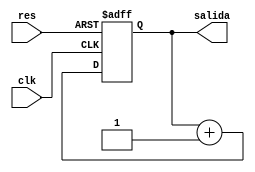
module contador_res_as (
    input res,clk,
    output reg [7:0]salida = 8'b0
);

    always @(posedge clk, posedge res) begin
        if (res) begin
            salida<=8'b0;
        end
        else begin
            salida<=salida+1'b1;
        end
        
    end
endmodule